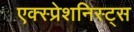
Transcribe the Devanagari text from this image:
एक्स्प्रेशनिस्ट्स